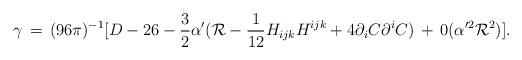
LaTeX: \begin{align*}\gamma\,=\,(96\pi)^{-1}[ D - 26 - \frac{3}{2}\alpha'({\cal R}-\frac{1}{12}H_{ijk}H^{ijk}+4\partial_iC\partial^iC) \,+\,0(\alpha'^2{\cal R}^2) ]. \end{align*}